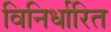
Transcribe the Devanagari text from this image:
विनिर्धारित